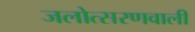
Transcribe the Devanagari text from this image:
जलोत्सरणवाली